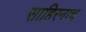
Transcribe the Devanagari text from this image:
साहिरनाच